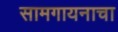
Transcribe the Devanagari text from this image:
सामगायनाचा